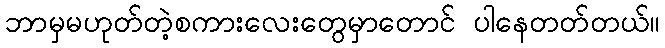
ဘာမှမဟုတ်တဲ့စကားလေးတွေမှာတောင် ပါနေတတ်တယ်။